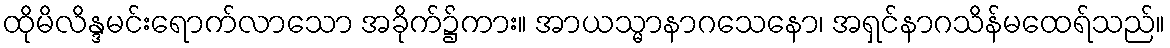
ထိုမိလိန္ဒမင်းရောက်လာသော အခိုက်၌ကား။ အာယသ္မာနာဂသေနော၊ အရှင်နာဂသိန်မထေရ်သည်။